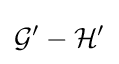
{\mathcal {G}}^{\prime }-{\mathcal {H}}^{\prime }